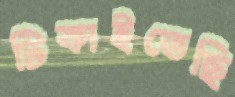
টিকাইতেছি